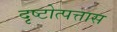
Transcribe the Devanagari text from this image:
दृष्टोत्पत्तास